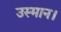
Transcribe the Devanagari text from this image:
उस्मान।